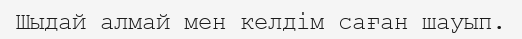
Шыдай алмай мен келдім саған шауып.